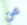
من